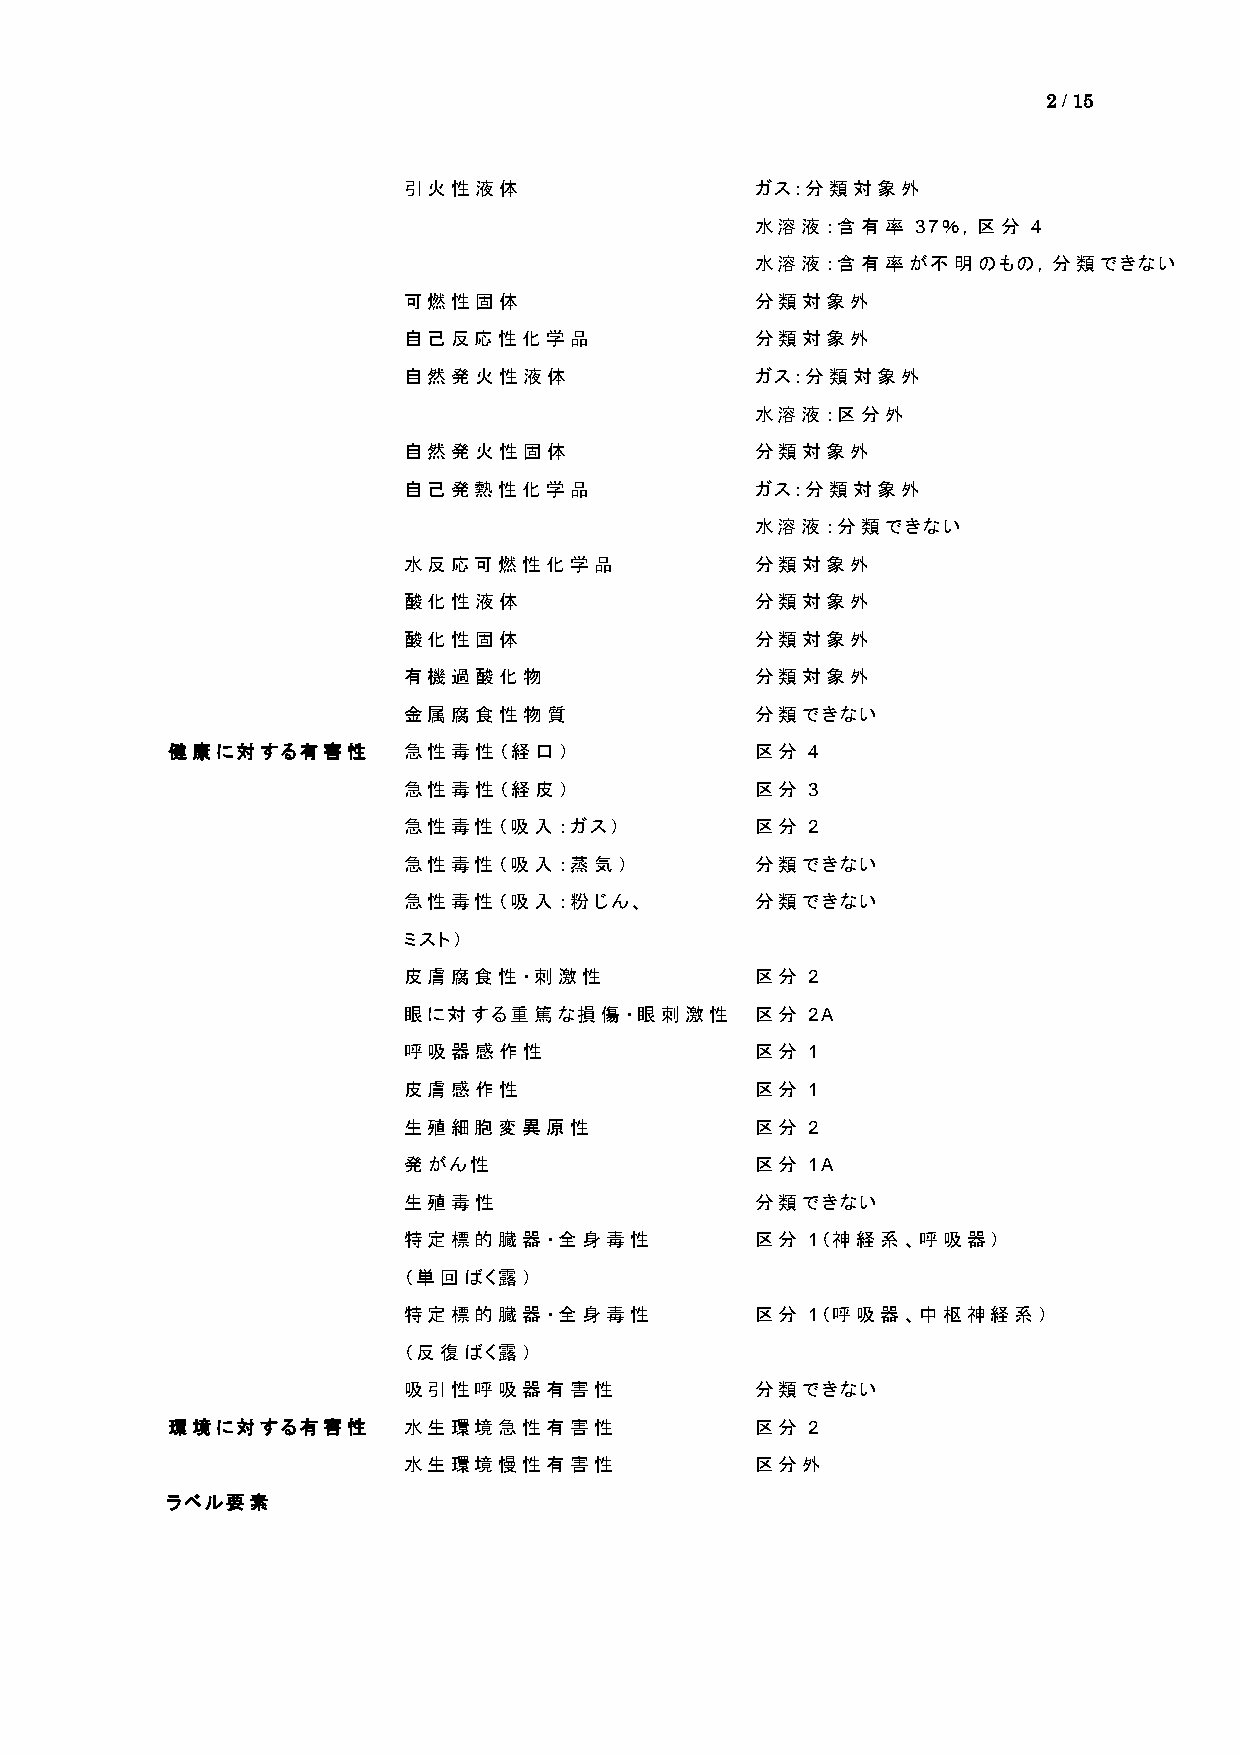
2 / 15
 引火性液体                  ガス：分類対象外
 水溶液：含有率    37％，区分 4
 水溶液：含有率が不明のもの，分類できない
 可燃性固体                  分類対象外
 自己反応性化学品               分類対象外
 自然発火性液体                ガス：分類対象外
 水溶液：区分外
 自然発火性固体                分類対象外
 自己発熱性化学品               ガス：分類対象外
 水溶液：分類できない
 水反応可燃性化学品              分類対象外
 酸化性液体                  分類対象外
 酸化性固体                  分類対象外
 有機過酸化物                 分類対象外
 金属腐食性物質                分類できない
 健康に対する有害性       急性毒性（経口）               区分 4
 急性毒性（経皮）               区分 3
 急性毒性（吸入：ガス）            区分 2
 急性毒性（吸入：蒸気）            分類できない
 急性毒性（吸入：粉じん、           分類できない
 ミスト）
 皮膚腐食性・刺激性              区分 2
 眼に対する重篤な損傷・眼刺激性        区分 2A
 呼吸器感作性                 区分 1
 皮膚感作性                  区分 1
 生殖細胞変異原性               区分 2
 発がん性                   区分 1A
 生殖毒性                   分類できない
 特定標的臓器・全身毒性            区分 1（神経系、呼吸器）
 （単回ばく露）
 特定標的臓器・全身毒性            区分 1（呼吸器、中枢神経系）
 （反復ばく露）
 吸引性呼吸器有害性              分類できない
 環境に対する有害性       水生環境急性有害性              区分 2
 水生環境慢性有害性              区分外
 ラベル要素